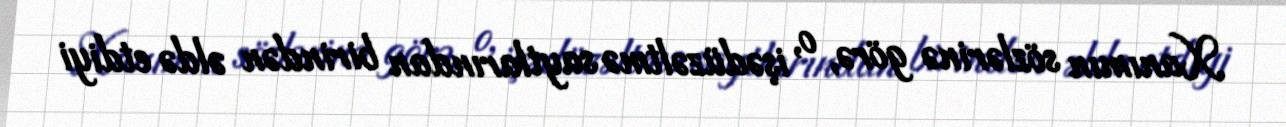
Xanımın sözlərinə görə, o, işədüzəltmə saytlarından birindən əldə etdiyi